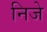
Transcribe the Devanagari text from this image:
निजे